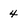
Character: 4